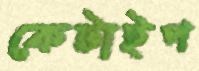
কেটাইপ